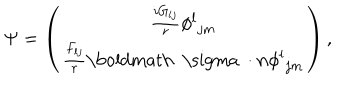
LaTeX: \Psi = \left( \begin{matrix} { { { \frac { i G _ { l j } } { r } } { \phi ^ { l } } _ { j m } } } \\ { { { \frac { F _ { l j } } { r } } { { \mathrm { \boldmath ~ \ s i g m a ~ } } \cdot { \bf n } } { \phi ^ { l } } _ { j m } } } \\ \end{matrix} \right) ,